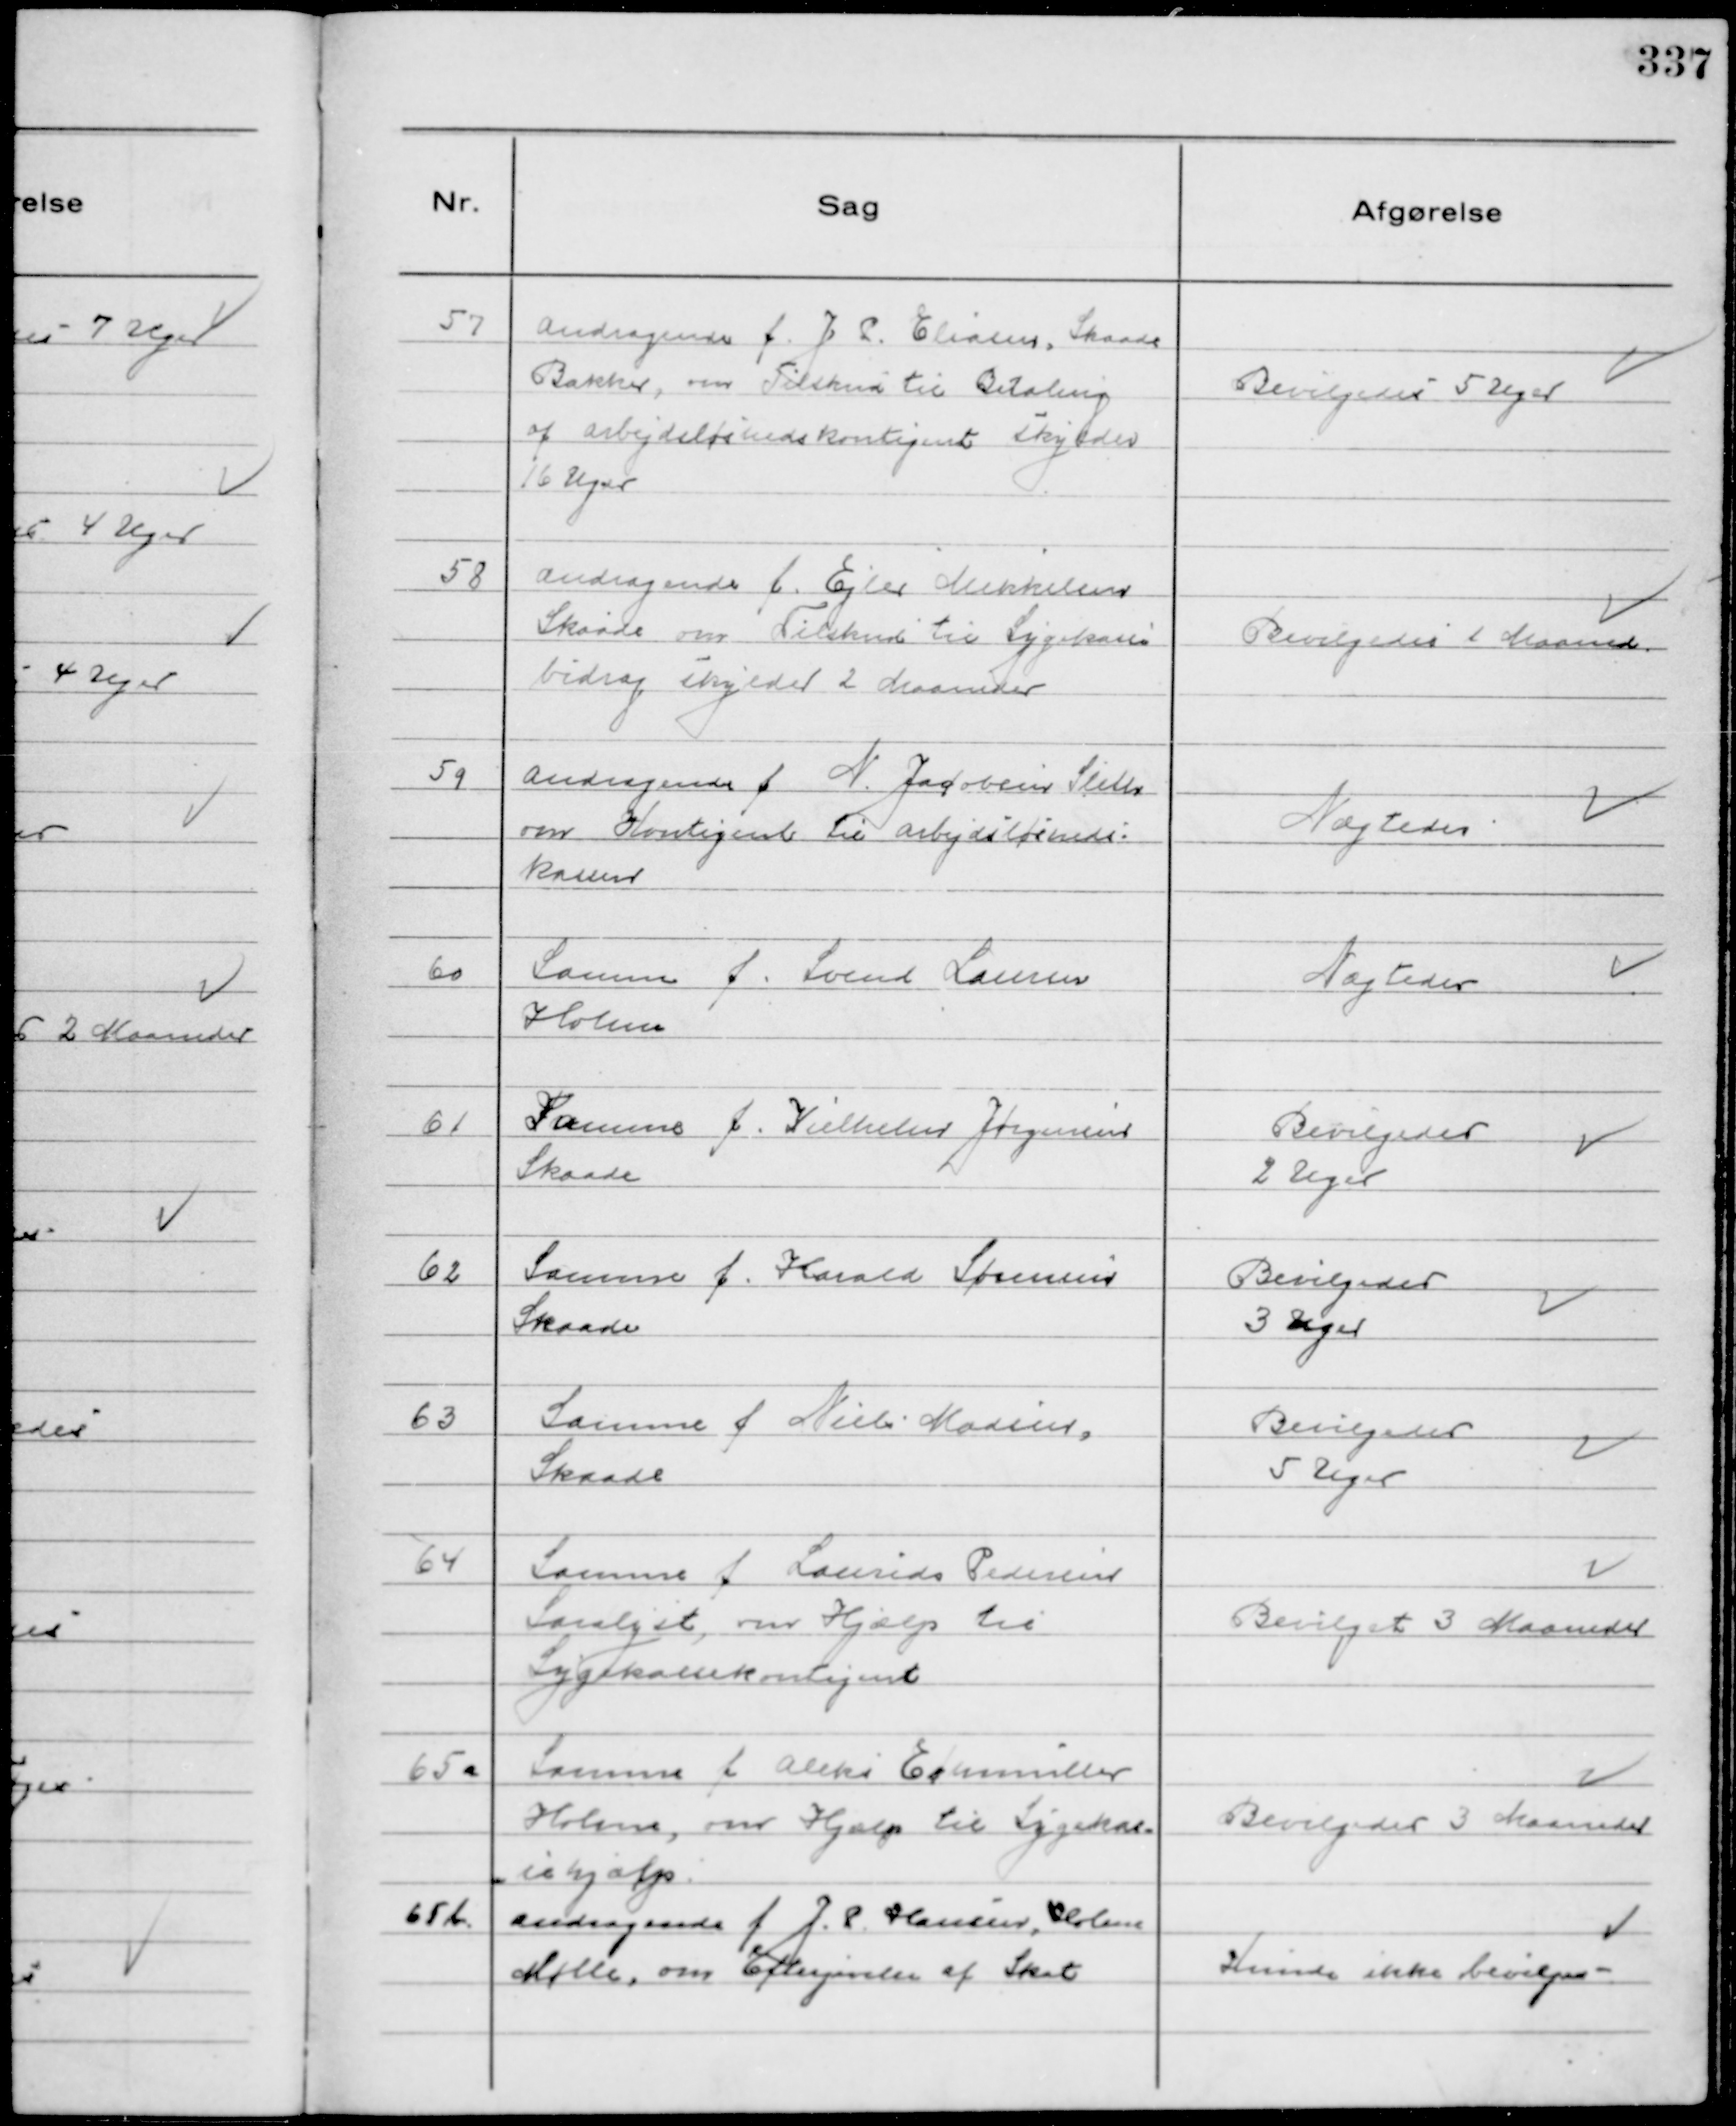
Transskription:
57
 Andragende f. J. P. Eliasen, Skaade
Bakker, om Tilskud til Betaling
af arbejdsløshedskontigent skylder
16 Uger

Bevilgedes 5 Uger

58
Andragende f. Ejler Mikkelsen
Skaade om Tilskud til Sygekasse
bidrag skylder 2 Maaneder

Bevilgedes 1 Maaned

59
Andragende f N. Jacobsen Sleth
om Kontigent til arbejdsløsheds-
kassen

Nægtedes

60
Samme f. Svend Laursen
Holme

Nægtedes

61
Samme f. Vilhelm Jørgensen
Skaade

Bevilgedes
2 Uger

62
Samme f. Harald Sørensen
Skaade

Bevilgedes
3 Uger

63
Samme f Niels Madsen
Skaade

Bevilgedes
5 Uger

64
Samme f Laurids Pedersen
Saralyst, om Hjælp til
Sygekassekontigent

Bevilget 3 Maaneder

65 a
Samme f Aleks Echmüller
Holme, om Hjælp til Sygekas-
sehjælp.

Bevilgedes 3 Maaneder

65b.
Andragende f J. P. Hansen, Holme
Mølle, om Eftergivelse af Skat

Kunde ikke bevilges